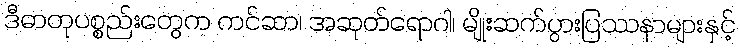
ဒီဓာတုပစ္စည်းတွေက ကင်ဆာ၊ အဆုတ်ရောဂါ၊ မျိုးဆက်ပွားပြဿနာများနှင့်